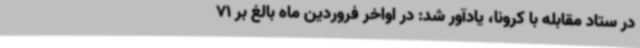
در ستاد مقابله با کرونا، یادآور شد: در اواخر فروردین ماه بالغ بر 71